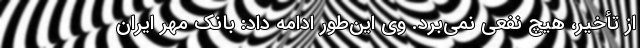
از تأخیر، هیچ نفعی نمی‌برد. وی این‌طور ادامه داد: بانک مهر ایران